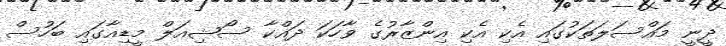
ދީނީ މައްސަލަތަކުގައި އެކި އެކި އިންޒާރުގެ ވާހަކަ ދައްކާ ސޯޝިއަލް މީޑިއާގައި ބަހުސް